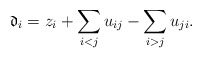
\begin{gather*}\mathfrak{d}_i= z_i + \sum_{ i < j} u_{ij} - \sum_{i > j} u_{ji}.\end{gather*}